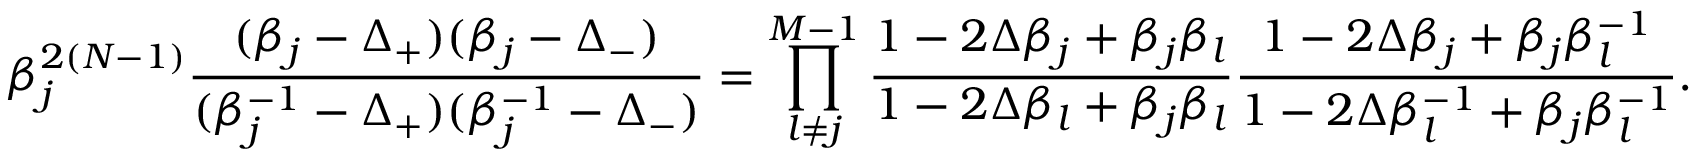
\beta _ { j } ^ { 2 ( N - 1 ) } \frac { ( \beta _ { j } - \Delta _ { + } ) ( \beta _ { j } - \Delta _ { - } ) } { ( \beta _ { j } ^ { - 1 } - \Delta _ { + } ) ( \beta _ { j } ^ { - 1 } - \Delta _ { - } ) } = \prod _ { l \neq j } ^ { M - 1 } \frac { 1 - 2 \Delta \beta _ { j } + \beta _ { j } \beta _ { l } } { 1 - 2 \Delta \beta _ { l } + \beta _ { j } \beta _ { l } } \frac { 1 - 2 \Delta \beta _ { j } + \beta _ { j } \beta _ { l } ^ { - 1 } } { 1 - 2 \Delta \beta _ { l } ^ { - 1 } + \beta _ { j } \beta _ { l } ^ { - 1 } } .